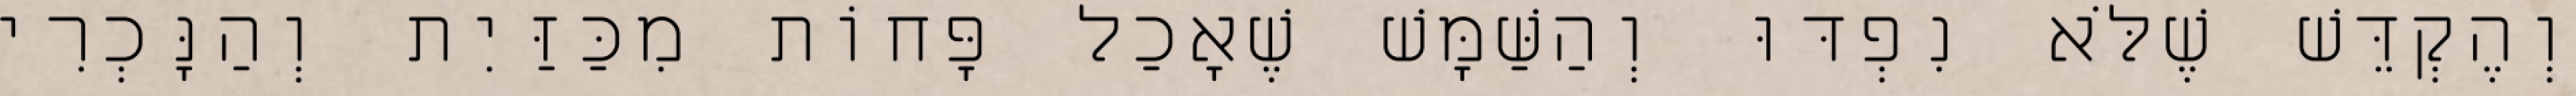
וְהֶקְדֵּשׁ שֶׁלֹּא נִפְדּוּ וְהַשַּׁמָּשׁ שֶׁאָכַל פָּחוֹת מִכַּזַּיִת וְהַנָּכְרִי